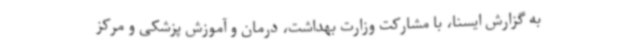
به گزارش ایسنا، با مشارکت وزارت بهداشت، درمان و آموزش پزشکی و مرکز